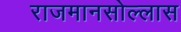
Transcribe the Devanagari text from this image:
राजमानसोल्लास